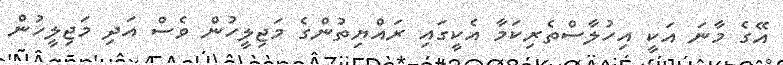
އޭގެ މާނަ އަކީ އިހުލާސްތެރިކަމާ އެކީގައި ރައްޔިތުންގެ މަޖިލީހުން ވެސް އަދި މަޖިލީހުން